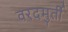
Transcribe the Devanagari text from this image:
वरदमुर्ती